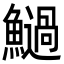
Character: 𩼣